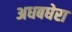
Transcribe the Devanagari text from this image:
अधबघेरा